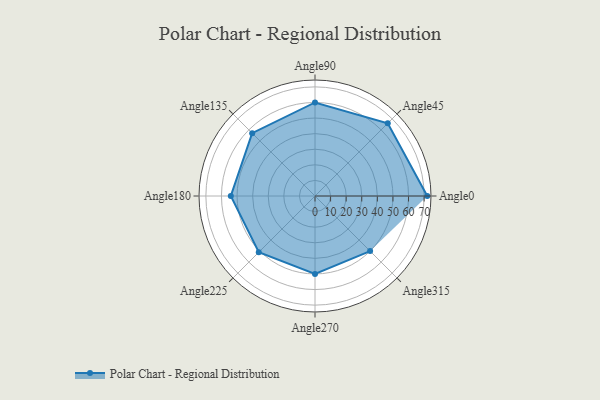
{"axis": {"x": "Angle", "y": "Radius"}, "legend": [""], "data": [{"x": "Angle0", "y": 72.0, "type": ""}, {"x": "Angle45", "y": 66.0, "type": ""}, {"x": "Angle90", "y": 60.0, "type": ""}, {"x": "Angle135", "y": 57.0, "type": ""}, {"x": "Angle180", "y": 54.0, "type": ""}, {"x": "Angle225", "y": 51.0, "type": ""}, {"x": "Angle270", "y": 50, "type": ""}, {"x": "Angle315", "y": 50, "type": ""}]}